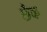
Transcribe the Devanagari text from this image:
छैक